Leaving Certificate Examination, 1925
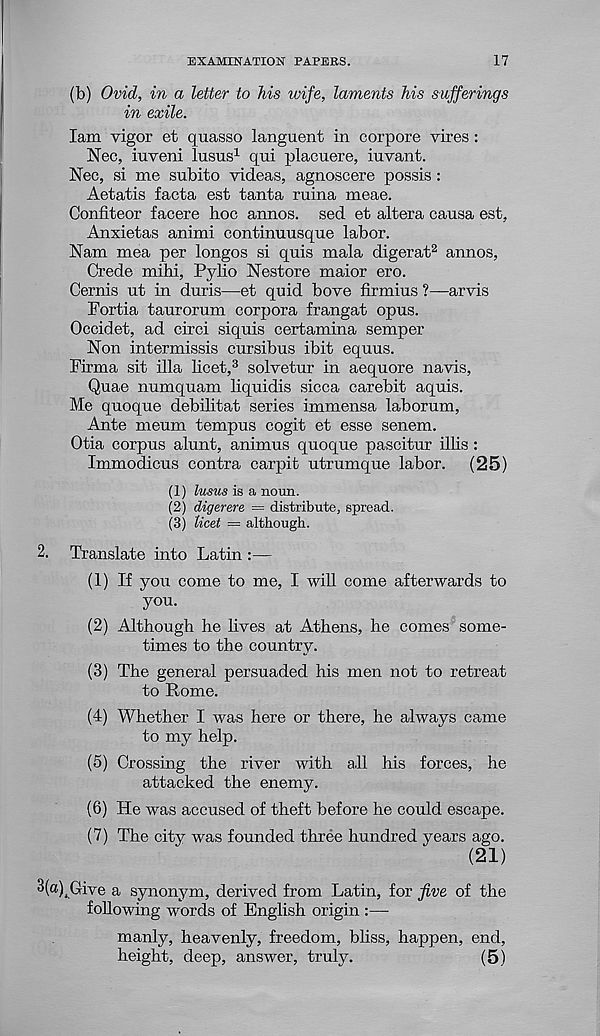
EXAMINATION PAPERS.
17
(b) Ovid, in a letter to his wife, laments his sufferings
in exile.
lam vigor et quasso languent in corpore vires :
Nec, iuveni lusus 1 qui placuere, iuvant.
Nec, si me subito videas, agnoscere possis:
Aetatis facta est tanta ruina meae.
Confiteor facere hoc annos. sed et altera causa est,
Anxietas animi continuusque labor.
Nam mea per longos si quis mala digerat 2 annos,
Crede mihi, Pylio Nestore maior ero.
Cernis ut in duris—et quid bove firmius ?—arvis
Portia taurorum corpora frangat opus.
Occidet, ad circi siquis certamina semper
Non intermissis cursibus ibit equus.
Firma sit ilia licet, 3 solvetur in aequore navis,
Quae numquam liquidis sicca carebit aquis.
Me quoque debilitat series immensa laborum,
Ante meum tempus cogit et esse senem.
Otia corpus alunt, animus quoque pascitur illis :
Immodicus contra carpit utrumque labor. (25)
(1) lusus is a noun.
(2) digerere = distribute, spread.
(3) licet = although.
2. Translate into Latin :—
(1) If you come to me, I will come afterwards to
you.
(2) Although he lives at Athens, he comes some-
times to the country.
(3) The general persuaded his men not to retreat
to Rome.
(4) Whether I was here or there, he always came
to my help.
(5) Crossing the river with all his forces, he
attacked the enemy.
(6) He was accused of theft before he could escape.
(7) The city was founded three hundred years ago.
(21)
3(a) 4 Give a synonym, derived from Latin, for five of the
following words of English origin :—-
manly, heavenly, freedom, bliss, happen, end,
height, deep, answer, truly.
(5)